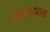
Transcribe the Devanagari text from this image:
ठाणापाड्याला